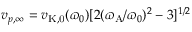
v _ { p , \infty } = v _ { \mathrm { K , 0 } } ( \varpi _ { 0 } ) [ 2 ( \varpi _ { \mathrm { A } } / \varpi _ { 0 } ) ^ { 2 } - 3 ] ^ { 1 / 2 }